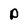
Character: D